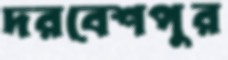
দরবেশপুর